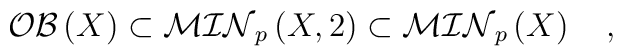
{\cal OB}\left( X\right) \subset {\cal MIN}_p\left(X,2\right) \subset {\cal MIN}_p\left( X\right) \quad ,